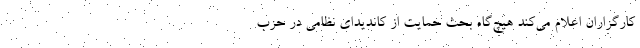
کارگزاران اعلام می‌کند هیچ‌گاه بحث حمایت از کاندیدای نظامی در حزب